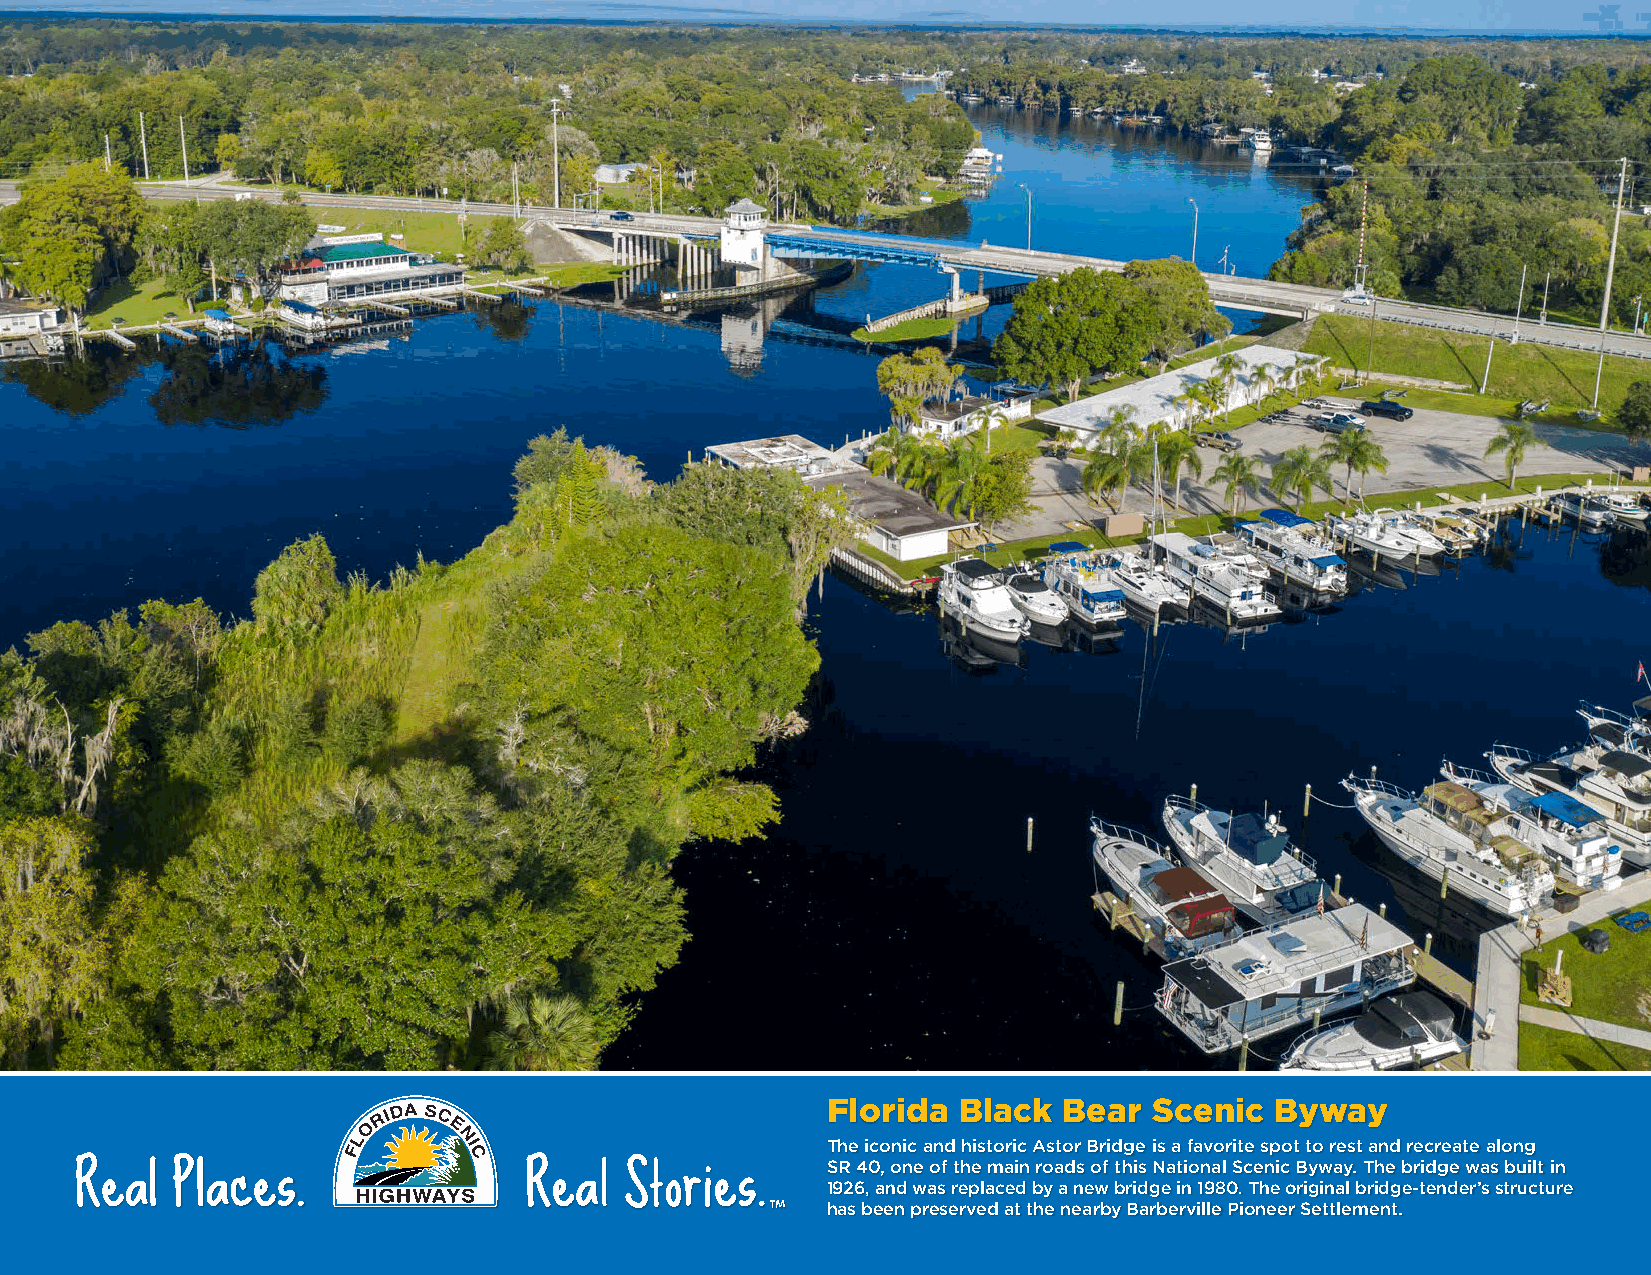
Florida Black  Bear  Scenic  Byway
 The iconic and historic Astor Bridge is a favorite spot to rest and recreate along
 SR 40, one of the main roads of this National Scenic Byway. The bridge was built in
 1926, and was replaced by a new bridge in 1980. The original bridge-tender’s structure
 has been preserved at the nearby Barberville Pioneer Settlement.